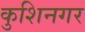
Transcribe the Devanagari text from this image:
कुशिनगर